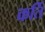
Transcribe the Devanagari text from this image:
कर्ति